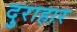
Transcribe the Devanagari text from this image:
दुराहार